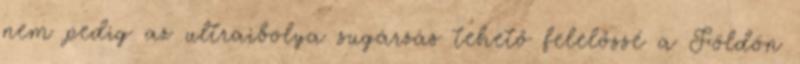
nem pedig az ultraibolya sugárzás tehető felelőssé a Földön